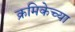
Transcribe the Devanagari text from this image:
क्रमिकेच्या